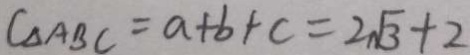
C _ { \Delta A B C } = a + b + c = 2 \sqrt { 3 } + 2